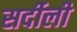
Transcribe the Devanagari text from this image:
सर्दीली